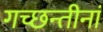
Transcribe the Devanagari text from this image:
गच्छन्तीनां